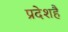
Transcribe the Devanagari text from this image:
प्रदेशहै